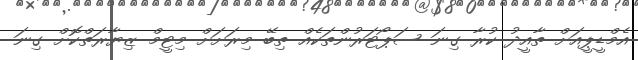
އެމްޑީޕީއަށް ތާއީދު ކުރާ ގިނަ ސަޕޯޓަރުންތަކެއް ތިބޭ މިރަށަށް މިޓީމް ޒިޔާރަތްކޮށް ގިނަ